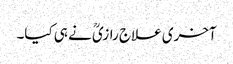
آخری علاج رازیؒ نے ہی کیا۔